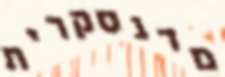
מדגסקרית